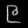
Digit: ၉